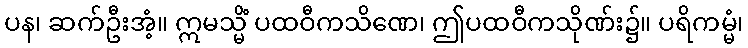
ပန၊ ဆက်ဦးအံ့။ ဣမသ္မိံ ပထဝီကသိဏေ၊ ဤပထဝီကသိုဏ်း၌။ ပရိကမ္မံ၊